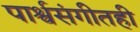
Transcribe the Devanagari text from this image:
पार्श्वसंगीतही